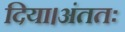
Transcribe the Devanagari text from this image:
दिया।अंततः